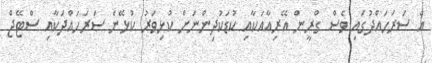
އެ ސަރަހައްދުގައި ވެސް ގްރީން އޭރިއާއަކާއި ކުޑަކުދިންނަށް ކުޅިވަރު ކުޅޭނެ ސަރަހައްދަކާއި ސްޓޭޖް